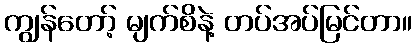
ကျွန်တော့် မျက်စိနဲ့ တပ်အပ်မြင်တာ။